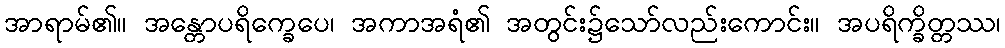
အာရာမ်၏။ အန္တောပရိက္ခေပေ၊ အကာအရံ၏ အတွင်း၌သော်လည်းကောင်း။ အပရိက္ခိတ္တဿ၊